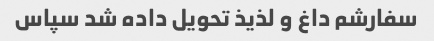
سفارشم داغ و لذیذ تحویل داده شد سپاس